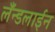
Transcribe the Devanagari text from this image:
लँन्डलाईन